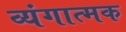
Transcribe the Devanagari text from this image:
व्‍यंगात्‍मक